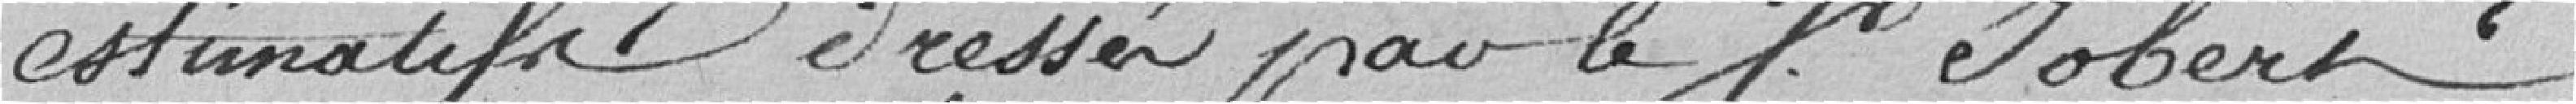
estimatif dressée par le professeur Jobert